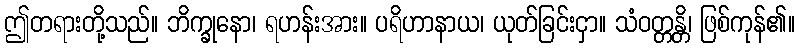
ဤတရားတို့သည်။ ဘိက္ခုနော၊ ရဟန်းအား။ ပရိဟာနာယ၊ ယုတ်ခြင်းငှာ။ သံဝတ္တန္တိ၊ ဖြစ်ကုန်၏။